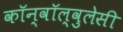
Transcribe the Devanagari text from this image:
कॉन्वॉल्वुलेसी